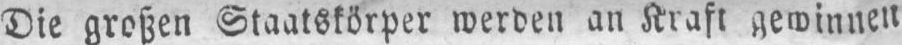
Die großen Staatskörper werden an Kraft gewinnen